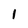
Character: 1